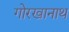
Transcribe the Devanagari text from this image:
गोरखानाथ